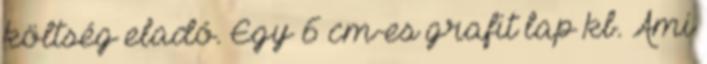
költség eladó. Egy 6 cm-es grafit lap kb. Ami